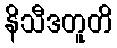
နိသီဒတူတိ